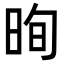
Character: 㫬